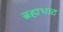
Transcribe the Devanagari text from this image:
ब्रह्मभाट